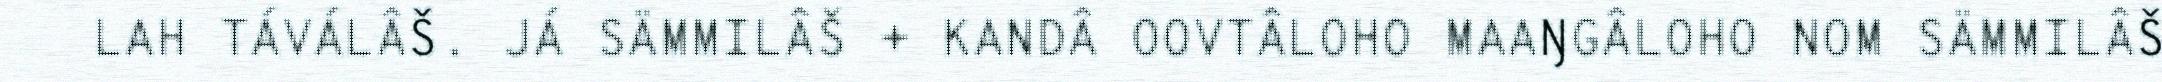
LAH TÁVÁLÂŠ. JÁ SÄMMILÂŠ + KANDÂ OOVTÂLOHO MAAŊGÂLOHO NOM SÄMMILÂŠ